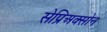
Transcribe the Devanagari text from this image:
सेप्रिअक्सोन